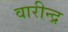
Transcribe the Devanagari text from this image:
वारीन्द्र